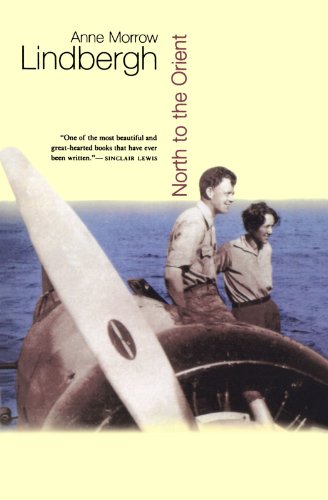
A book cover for North to the Orient (Harvest Book); Anne Morrow Lindbergh; History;